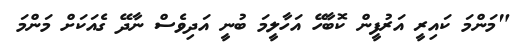
"މަންމަ ކައިރީ އަރުފީން ކޮބާހޭ އަހާލީމަ ބުނީ އަދިވެސް ނާދޭ ގެއަކަށް މަންމަ